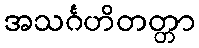
အသင်္ဂဟိတတ္တာ